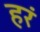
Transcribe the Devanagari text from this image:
हरं